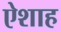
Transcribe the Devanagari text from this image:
ऐशाह